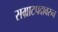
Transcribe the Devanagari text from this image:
सम्राटपदावरुन